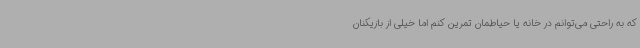
که به راحتی می‌توانم در خانه یا حیاطمان تمرین کنم اما خیلی از بازیکنان